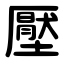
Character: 壓